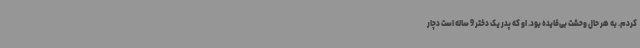
کردم. به هر حال وحشت بی‌فایده بود. او که پدر یک دختر 9 ساله است دچار